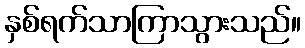
နှစ်ရက်သာကြာသွားသည်။